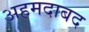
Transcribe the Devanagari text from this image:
अहमदाबद